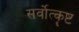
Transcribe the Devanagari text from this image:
सर्वोत्कॄष्ट